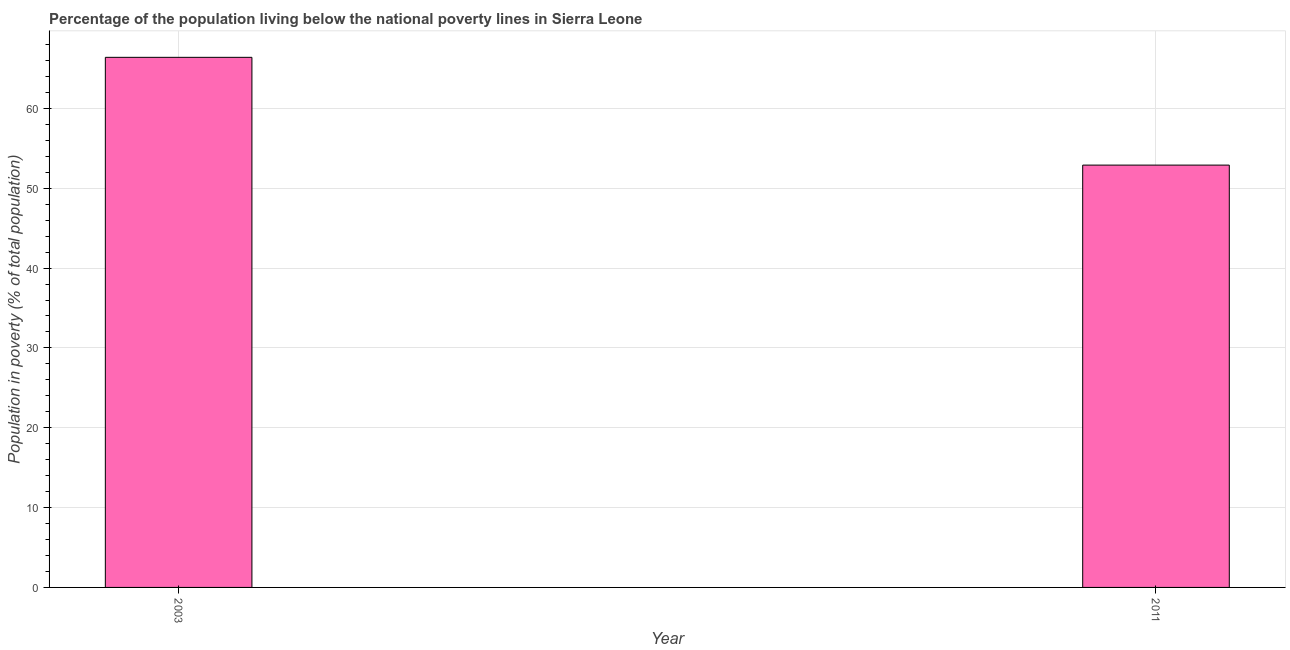
| Year | Poverty headcount ratio |
 | --- | --- |
 | 2003 | 66.4 |
 | 2011 | 52.9 |